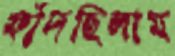
ফাঁদছিলাম